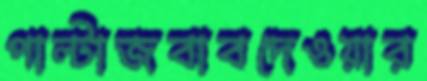
পাল্টাজবাবদেওয়ার